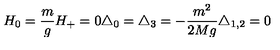
H _ { 0 } = \frac { m } { g } H _ { + } = 0 \triangle _ { 0 } = \triangle _ { 3 } = - \frac { m ^ { 2 } } { 2 M g } \triangle _ { 1 , 2 } = 0